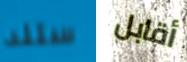
ستلد أقابل